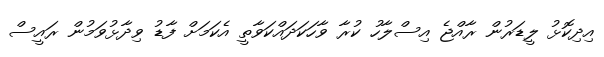
އިދިކޮޅު ލީޑަރުން ރާއްޖެ އިސްލާހު ކުރާ ވާހަކަދައްކަވާތީ އެކަމަށް ފާޑު ވިދާޅުވަމުން ރައީސް